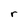
Character: r